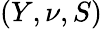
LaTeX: (Y,\nu,S)